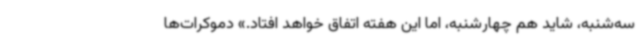
سه‌شنبه، شاید هم چهارشنبه، اما این هفته اتفاق خواهد افتاد.» دموکرات‌ها